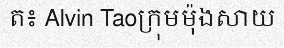
ត៖ Alvin Taoក្រុមម៉ុងសាយ